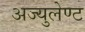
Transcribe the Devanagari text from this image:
अज्युलेण्ट